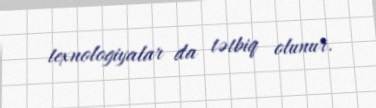
texnologiyalar da tətbiq olunur.